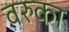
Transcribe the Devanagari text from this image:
वरुका